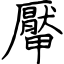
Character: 厴